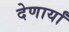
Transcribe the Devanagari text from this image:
देणार्यां